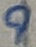
Text: 9